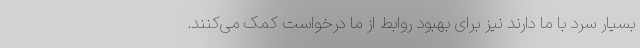
بسیار سرد با ما دارند نیز برای بهبود روابط از ما درخواست کمک می‌کنند.